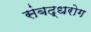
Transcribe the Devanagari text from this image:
संबद्धरोग